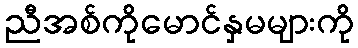
ညီအစ်ကိုမောင်နှမများကို